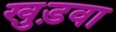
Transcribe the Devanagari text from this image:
खुड़वा